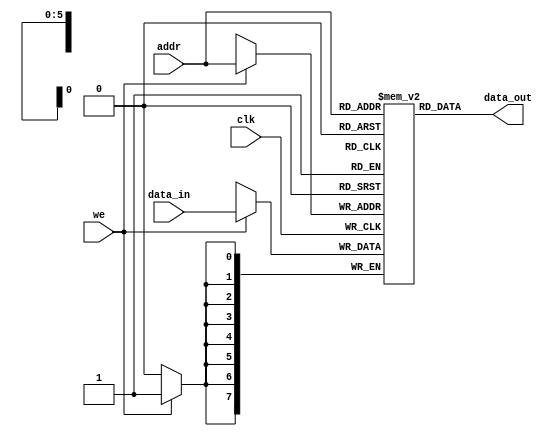
module ram_single_port (
	input wire [m-1:0] data_in,
	input wire [n-1:0] addr,
	input wire we, 
	input wire clk,
	output wire [m-1:0] data_out  );

    parameter n = 6;   // address bus width
	parameter m = 8;   // data bus width
	
	// Declare the memory variable
	reg [m-1:0] memory[2**n-1:0];
	
    // synchronous write
	always @ (posedge clk)
	begin
		if (we)
			memory[addr] <= data_in;
	end
  
    // asynchronous reads
	assign data_out = memory[addr];
	
endmodule